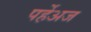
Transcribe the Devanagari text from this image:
पर्हेअज